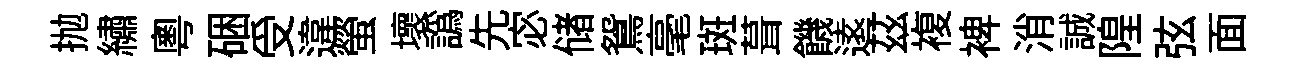
抛繡粤硱受違螢壞譌先宓储鴛毫斑葺饑逺茲複裨消誠隍弦面